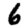
Digit: 6